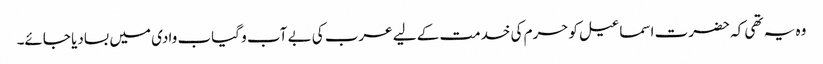
وہ یہ تھی کہ حضرت اسماعیل کو حرم کی خدمت کے لیے عرب کی بے آب و گیاب وادی میں بسادیا جائے۔